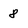
Character: 8